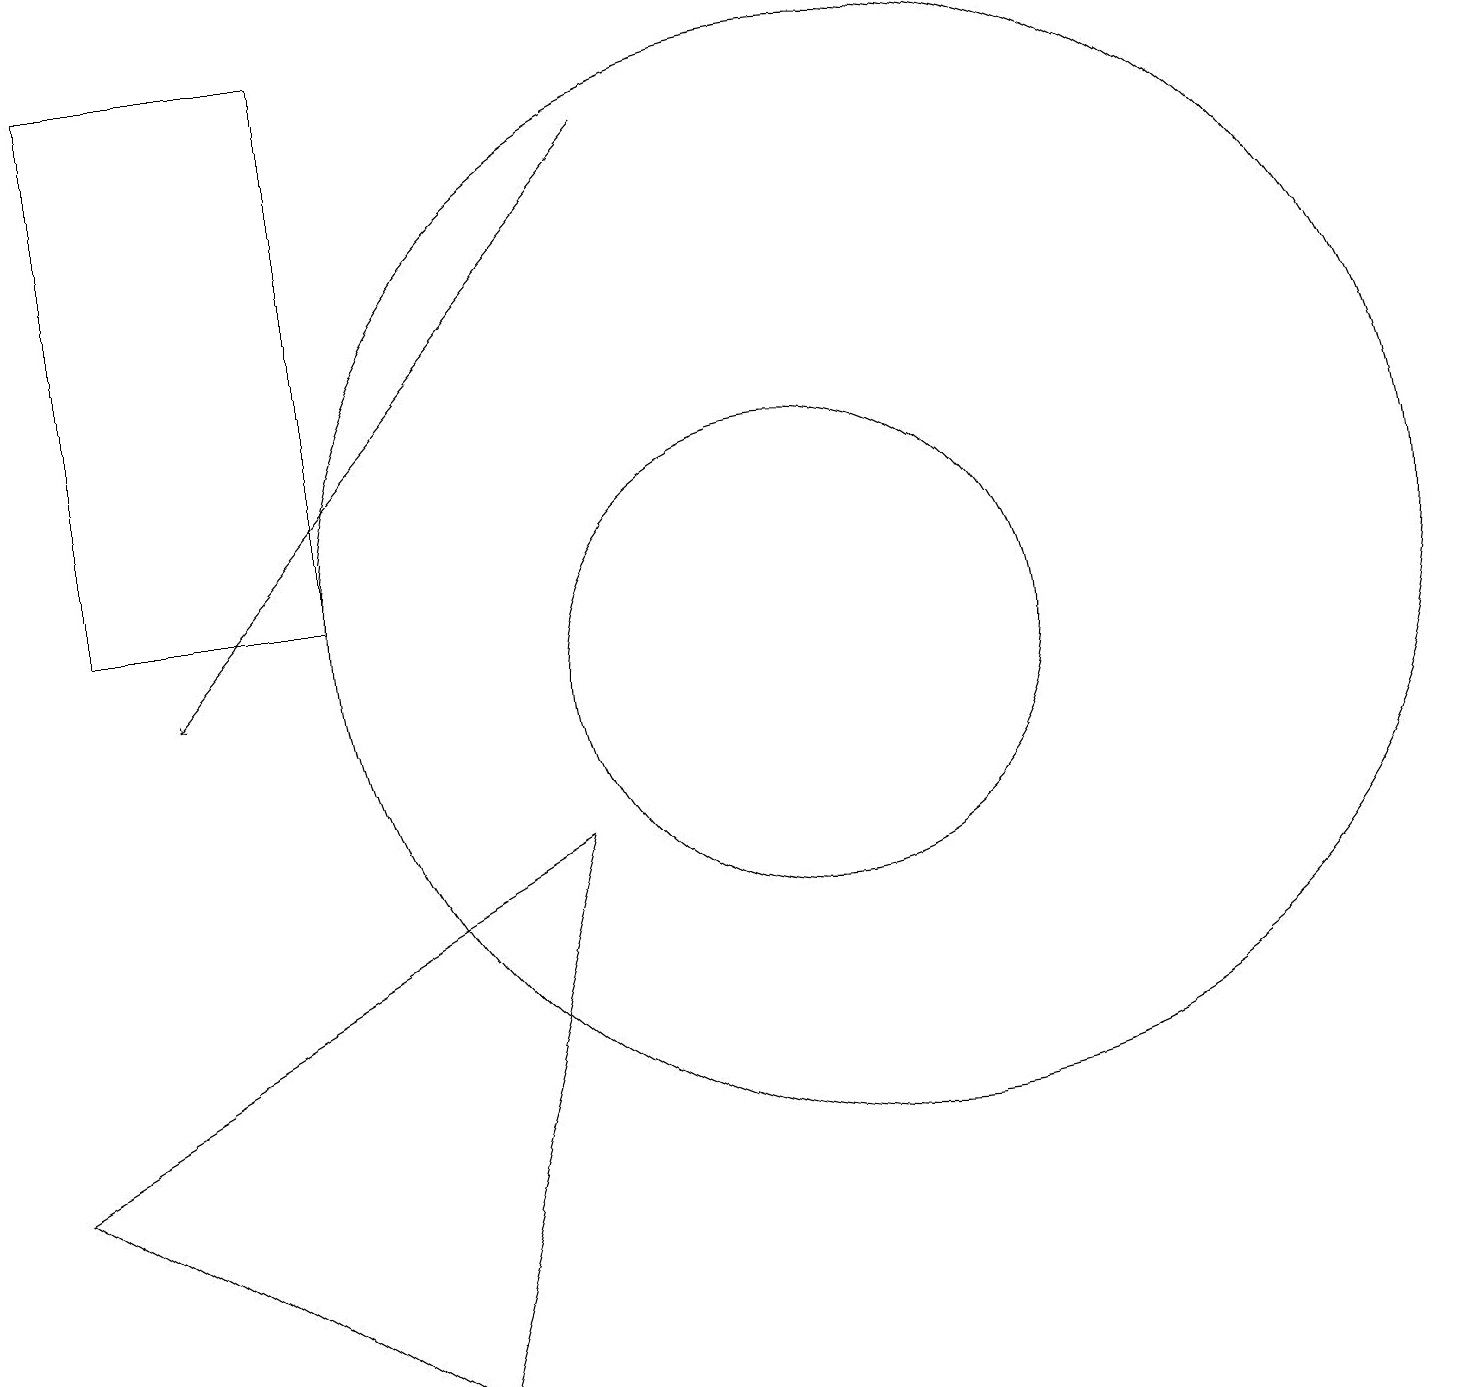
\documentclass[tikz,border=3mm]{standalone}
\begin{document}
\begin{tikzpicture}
\draw (11,11) circle (7);
\draw[->] (8,17) -- (2,10);
\draw (1,11) rectangle (4,18);
\draw (7,8) -- (0,4) -- (5,1) -- cycle;
\draw (10,10) circle (3);
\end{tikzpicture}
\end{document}